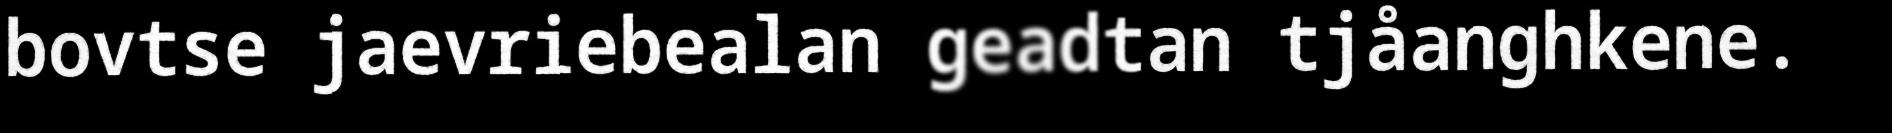
bovtse jaevriebealan geadtan tjåanghkene.